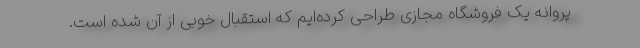
پروانه یک فروشگاه مجازی طراحی کرده‌ایم که استقبال خوبی از آن شده است.